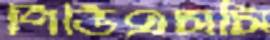
পিডিএসসি